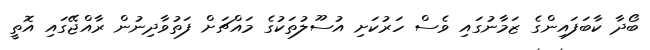
ބޯދާ ކާބަފައިންގެ ޒަމާނުގައި ވެސް ހަރުކަށި އުސޫލުތަކުގެ މައްޗަށް ފަތުވާދިނުން ރާއްޖޭގައި އޮތީ